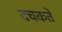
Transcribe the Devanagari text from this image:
दचकते